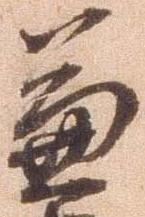
兼